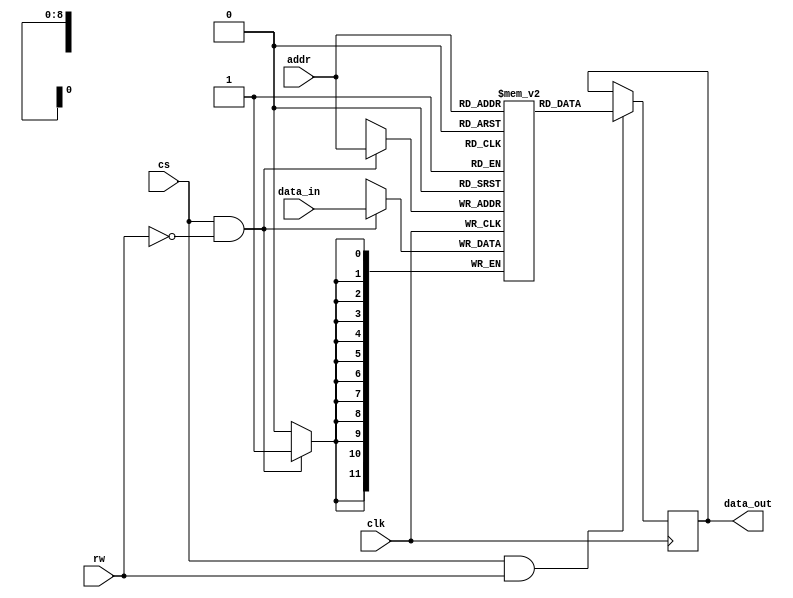
module genram #(             //-- Parametros
         parameter AW = 9,   //-- Bits de las direcciones (Adress width)
         parameter DW = 12)   //-- Bits de los datos (Data witdh)

       (        //-- Puertos
         input clk,                      //-- Seal de reloj global
         input cs,                       //-- Chip select
         input wire [AW-1: 0] addr,      //-- Direcciones
         input wire rw,                  //-- Modo lectura (1) o escritura (0)
         input wire [DW-1: 0] data_in,   //-- Dato de entrada
         output reg [DW-1: 0] data_out); //-- Dato a escribir

//-- Parametro: Nombre del fichero con el contenido de la RAM
parameter ROMFILE = "";

//-- Calcular el numero de posiciones totales de memoria
localparam NPOS = 2 ** AW;

  //-- Memoria
  reg [DW-1: 0] ram [0: NPOS-1];

  //-- Lectura de la memoria
  //-- Solo si el chip select esta activado!
  always @(posedge clk) begin
    if (cs & rw == 1)
        data_out <= ram[addr];
  end

  //-- Escritura en la memoria
  //-- Solo si el chip select esta activado
  always @(posedge clk) begin
    if (cs & rw == 0)
        ram[addr] <= data_in;
  end

//-- Cargar en la memoria el fichero ROMFILE
//-- Los valores deben estan dados en hexadecimal
initial begin
  if (ROMFILE) $readmemh(ROMFILE, ram);
end


endmodule